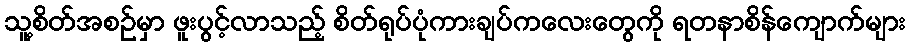
သူ့စိတ်အစဉ်မှာ ဖူးပွင့်လာသည့် စိတ်ရုပ်ပုံကားချပ်ကလေးတွေကို ရတနာစိန်ကျောက်များ